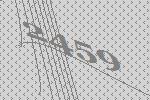
2459